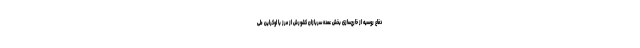
دفاع روسیه از خارج‌سازی بخش عمده سربازان کشورش از مرز با اوکراین طی